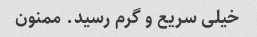
خیلی سریع و گرم رسید. ممنون